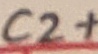
Text: C2+